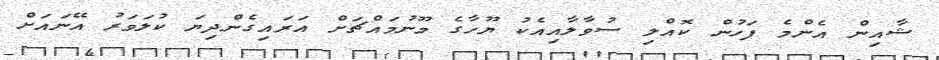
ޝާއިން އެންމެ ފަހުން ކޮއްލި ސުވާލާއިއެކު ޔޫހާގެ މޫނުމައްޗަށް އަރައިގެންދިޔަ ކުލަވަރު އޭނައަށް